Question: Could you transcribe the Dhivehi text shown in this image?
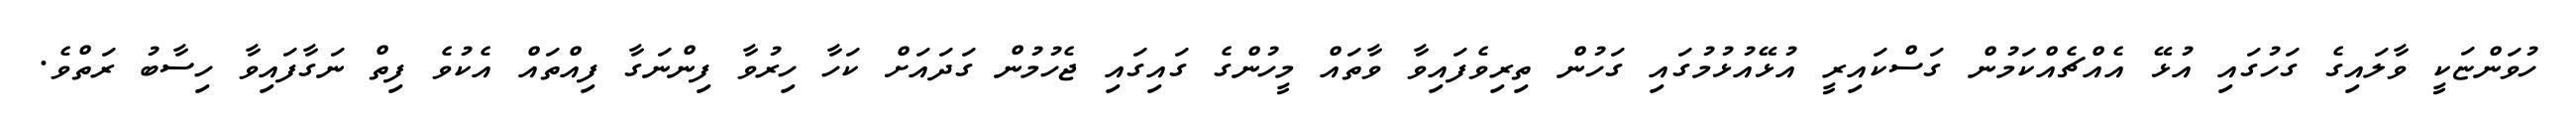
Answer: ހުވަންޏަކީ ވާލައިގެ ގަހުގައި އުޅޭ އެއްޗެއްކަމުން ގަސްކައިރީ އުޅޭއުޅުމުގައި ގަހުން ތިރިވެފައިވާ ވާތައް މީހުންގެ ގައިގައި ޖެހުމުން ގަދައަށް ކަހާ ހިރުވާ ފިންނަގާ ފިއްތައް އެކުވެ ފިތް ނަގާފައިވާ ހިސާބު ރަތްވެ.